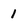
Character: 1